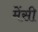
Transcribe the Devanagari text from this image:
मेंसी